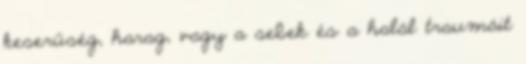
keserűség, harag, vagy a sebek és a halál traumáit